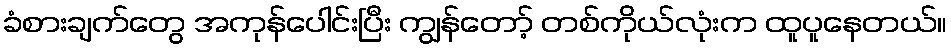
ခံစားချက်တွေ အကုန်ပေါင်းပြီး ကျွန်တော့် တစ်ကိုယ်လုံးက ထူပူနေတယ်။